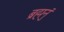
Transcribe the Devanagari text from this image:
ब्रह्मनुं